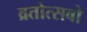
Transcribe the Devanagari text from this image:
व्रतोत्सवो